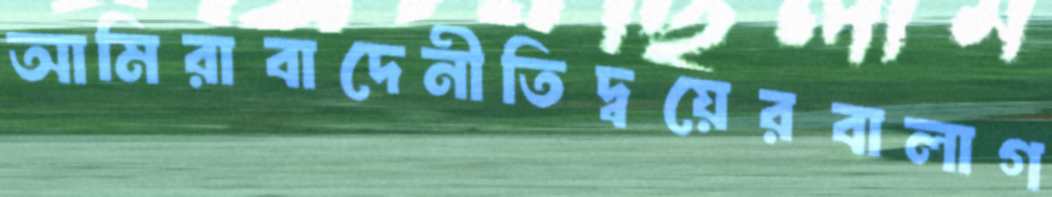
আমিরাবাদেনীতিদ্বয়েরবালাগ